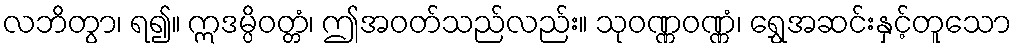
လဘိတွာ၊ ရ၍။ ဣဒမ္ပိဝတ္တံ၊ ဤအဝတ်သည်လည်း။ သုဝဏ္ဏဝဏ္ဏံ၊ ရွှေအဆင်းနှင့်တူသော